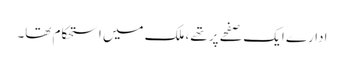
ادارے ایک صفحے پر تھے، ملک میں استحکام تھا۔